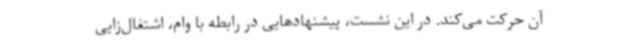
آن حرکت می‌کند. در این نشست، پیشنهادهایی در رابطه با وام، اشتغال‌زایی